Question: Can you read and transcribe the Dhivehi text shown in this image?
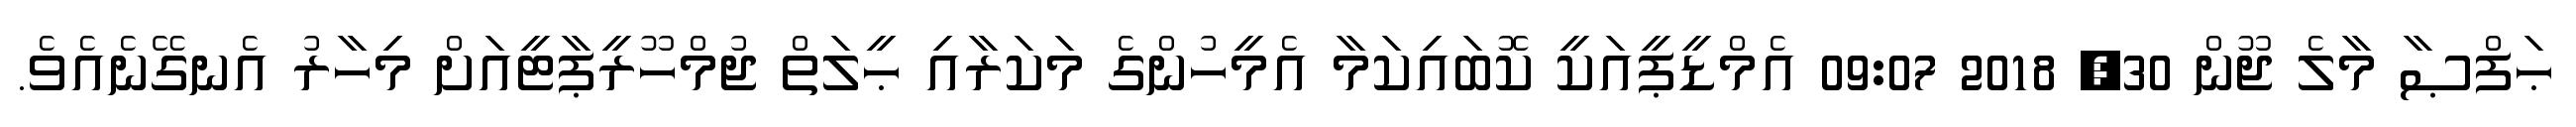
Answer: ޙަފްޞާ މާލެ ޖޫން 30, 2018 09:07 އެމްޑީޕީއަކީ ކޮބައިކަމާ އެމީހުންގެ މަކަރާއި ޙީލަތް ޖުމްހޫރީޕާޓީއަށް މިހާރު އެނގޭނެއެވެ.